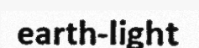
earth-light